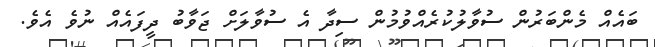
ބައެއް މެންބަރުން ސުވާލުކުރެއްވުމުން ސިދާ އެ ސުވާލަށް ޖަވާބު ދީފައެއް ނުވެ އެވެ.